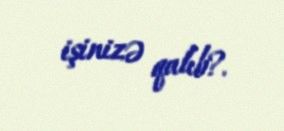
işinizə qalıb?.